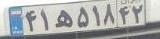
۴۱ه۵۱۸۴۲